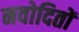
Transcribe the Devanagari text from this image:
नवोदितों